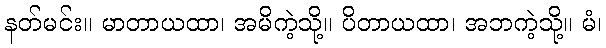
နတ်မင်း။ မာတာယထာ၊ အမိကဲ့သို့။ ပိတာယထာ၊ အဘကဲ့သို့။ မံ၊